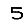
Digit: 5